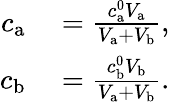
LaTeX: \begin{array}{rl}{c_{\mathrm{a}}}&{{}=\frac{c_{\mathrm{a}}^{0}V_{\mathrm{a}}}{V_{\mathrm{a}}+V_{\mathrm{b}}},}\\ {c_{\mathrm{b}}}&{{}=\frac{c_{\mathrm{b}}^{0}V_{\mathrm{b}}}{V_{\mathrm{a}}+V_{\mathrm{b}}}.}\end{array}